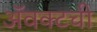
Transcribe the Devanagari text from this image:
ॲवक्टची